Civil Veterinary Dept. Bombay admin report 1932-41 - 1932-1941
Year: 1932
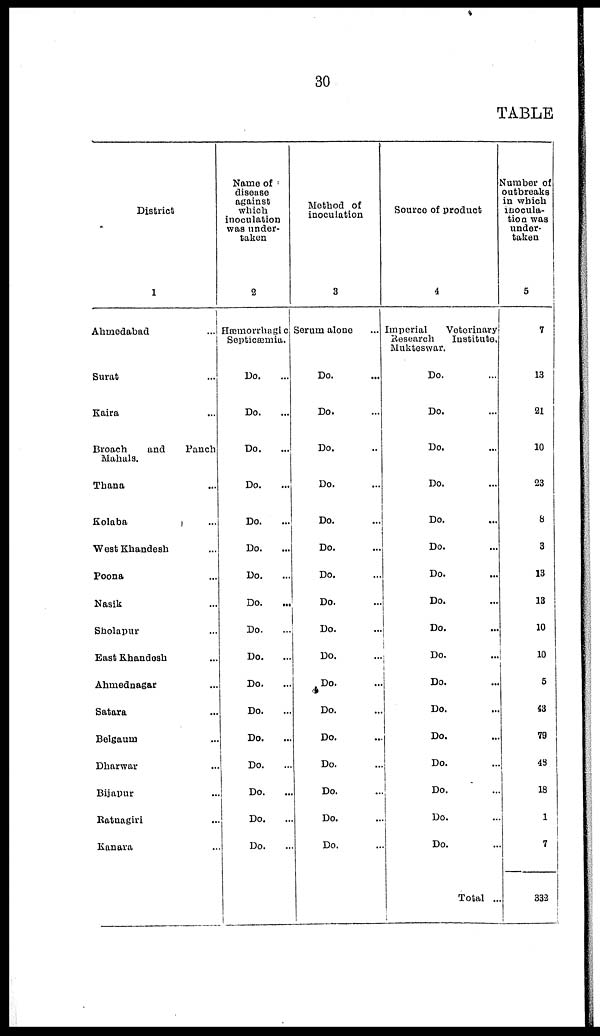
30
TABLE
District
1
Ahmedabad ...
Surat ...
Kaira ...
Broach
and
Panch
Mahals.
Thana ...
Kolaba ...
West Khandesh ...
Poona ...
Nasik ...
Sholapur ...
East Khandesh ...
Ahmednagar ...
Satara ...
Belgaum ...
Dharwar ...
Bijapur ...
Ratnagiri ...
Kanara ...
Name of
disease
against
which
inoculation
was under-
taken
2
Hæmorrhagic
Septicæmia.
Do. ...
Do. ...
Do. ...
Do. ...
Do. ...
Do. ...
Do. ...
Do. ...
Do. ...
Do. ...
Do. ...
Do. ...
Do. ...
Do. ...
Do. ...
Do. ...
Do. ...
Method of
inoculation
3
Serum alone
Do. ...
Do. ...
Do. ...
Do. ...
Do. ...
Do. ...
Do. ...
Do. ...
Do. ...
Do. ...
Do. ...
Do. ...
Do. ...
Do. ...
Do. ...
Do. ...
Do. ...
Source of product
4
Imperial
Veterinary
Research
Institute,
Mukteswar.
Do. ...
Do. ...
Do. ...
Do. ...
Do. ...
Do. ...
Do. ...
Do. ...
Do. ...
Do. ...
Do. ...
Do. ...
Do. ...
Do. ...
Do. ...
Do. ...
Do. ...
Total ...
Number of
outbreaks
in which
inocula-
tion was
under-
taken
5
7
13
21
10
23
8
3
13
13
10
10
5
43
79
43
18
1
7
332